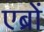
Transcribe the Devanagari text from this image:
एब्रों